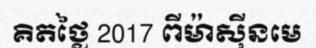
គិតថ្លៃ 2017 ពីម៉ាស៊ីនមេ